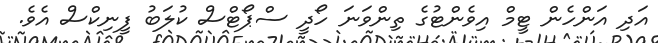
އަދި އަންހެން ޓީމް އިވެންޓުގެ ތިންވަނަ ހޯދީ ސްޕޯޓްސް ކުލަބު ފީނިކްސް އެވެ.